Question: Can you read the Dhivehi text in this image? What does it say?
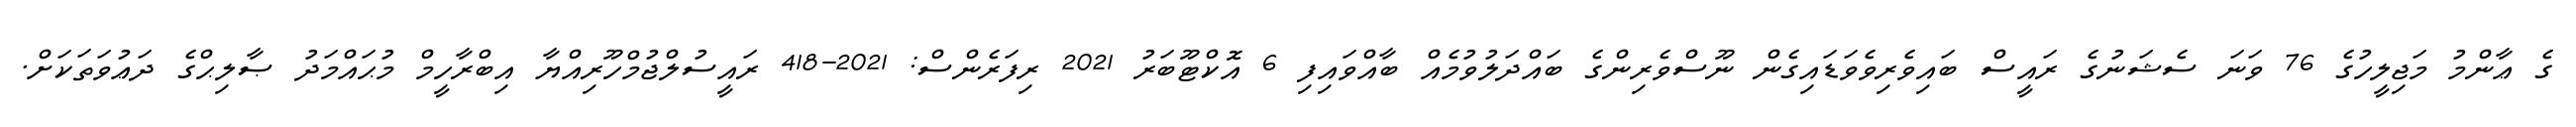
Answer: ގެ ޢާންމު މަޖިލީހުގެ 76 ވަނަ ސެޝަނުގެ ރައީސް ބައިވެރިވެވަޑައިގެން ނޫސްވެރިންގެ ބައްދަލުވުމެއް ބާއްވައިފި 6 އޮކްޓޫބަރު 2021 ރިފަރެންސް: 2021-418 ރައީސުލްޖުމްހޫރިއްޔާ އިބްރާހީމް މުޙައްމަދު ޞާލިޙްގެ ދަޢުވަތަކަށް.